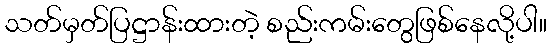
သတ်မှတ်ပြဋ္ဌာန်းထားတဲ့ စည်းကမ်းတွေဖြစ်နေလို့ပါ။